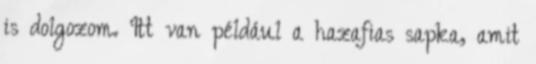
is dolgozom. Itt van például a hazafias sapka, amit